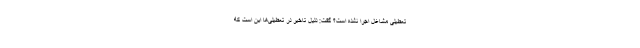
تعطیلی مشاغل اجرا نشده است؟ گفت: دلیل تاخیر در تعطیلی‌ها این است که